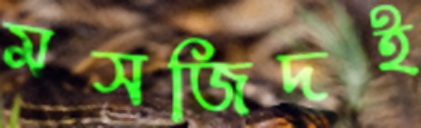
মসজিদই